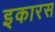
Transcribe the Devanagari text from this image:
इकारस